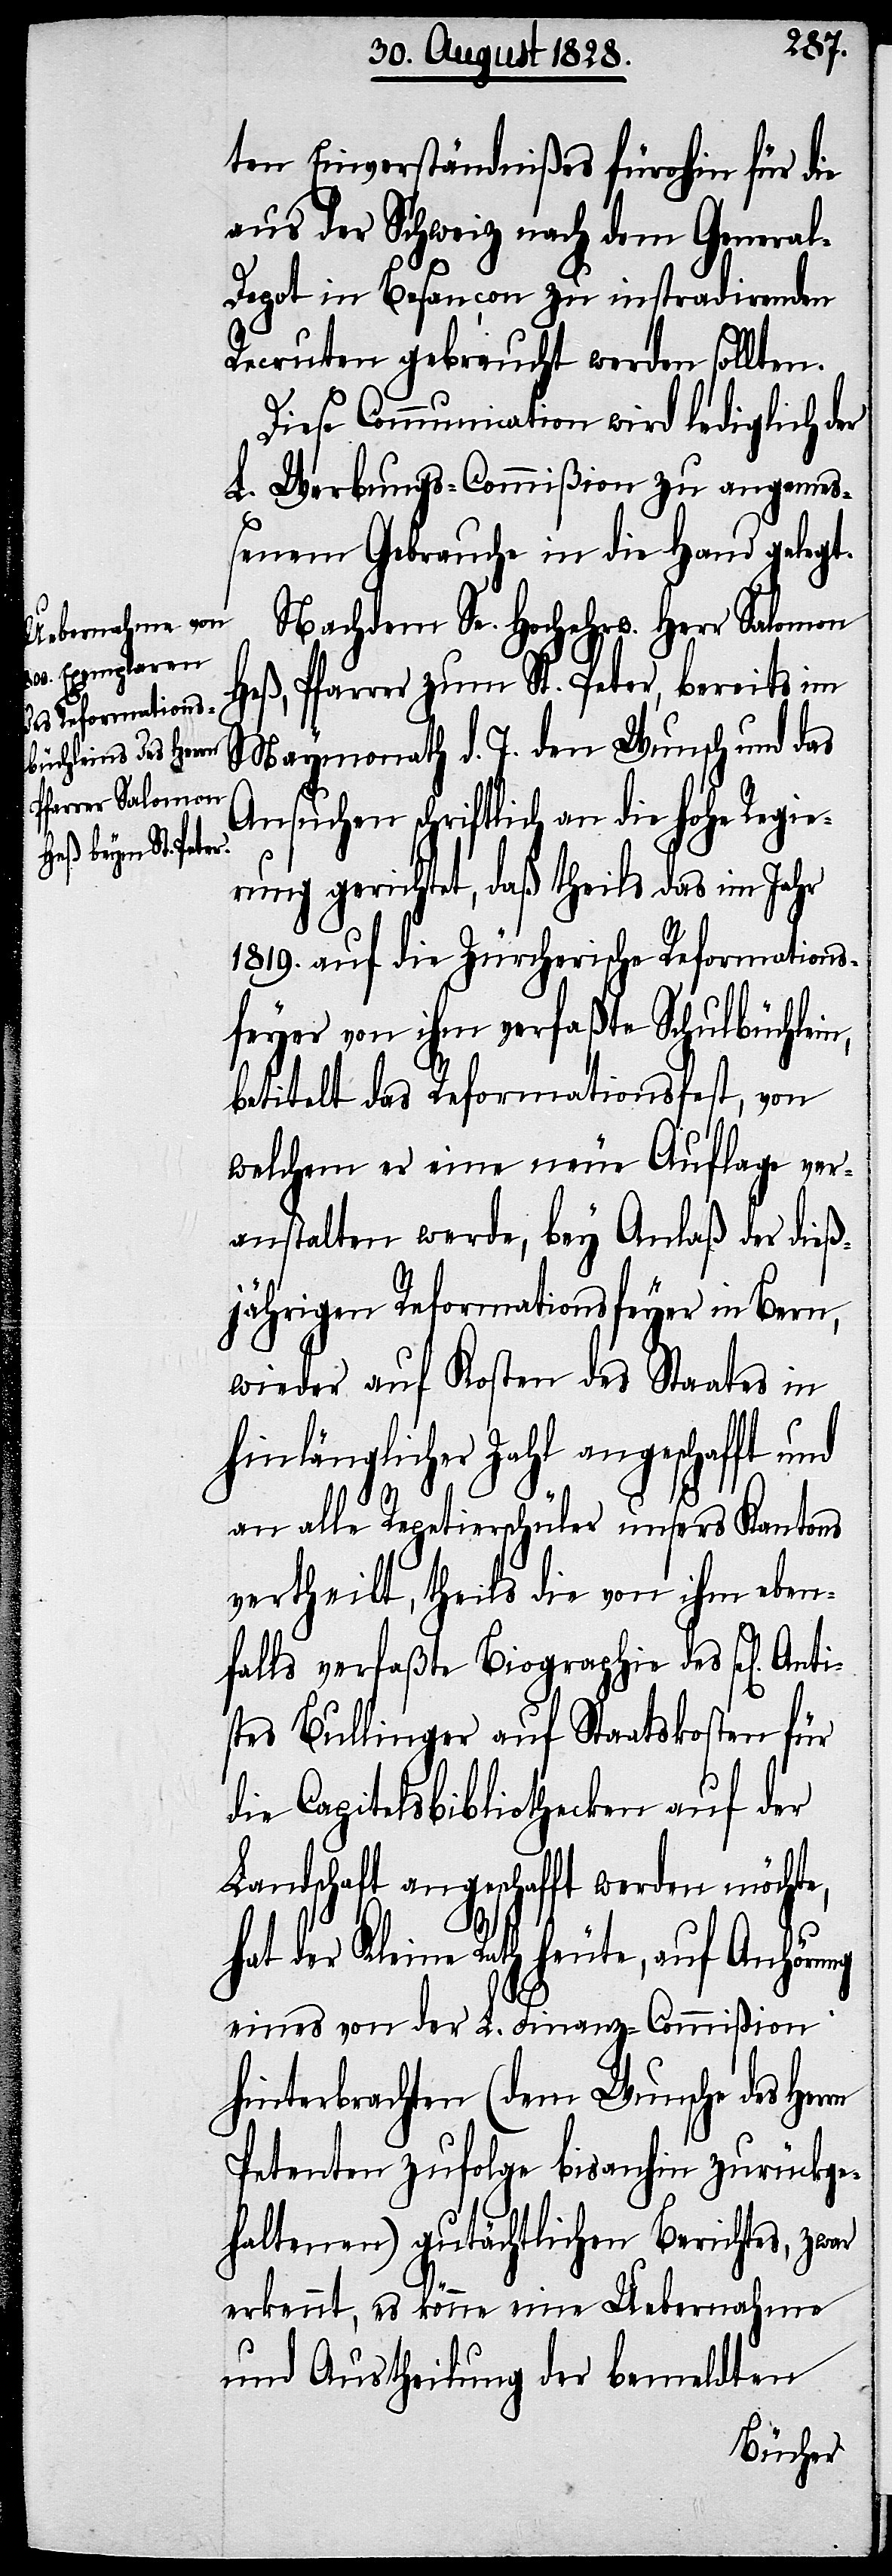
Anti¬
ten Einverständnißes fürohin für die
aus der Schweiz nach dem Genera¬
l-Depot in Besançon zu instradirenden
Recruten gebraucht werden sollten.
Diese Communication wird lediglich der
L. Werbungs-Commißion zu angemeß¬
enem Gebrauche in die Hand gelegt.
Nachdem Se. Hochehrw. Herr Salomon
Heß, Pfarrer zum St. Peter, bereits im
Maymonath d. J. den Wunsch und das
Ansuchen schriftlich an die hohe Regie¬
rung gerichtet, daß theils das im Jahr
1819. auf die Zürcherische Reformations¬
feyer von ihm verfaßte Schulbüchlei¬
betitlet das Reformationsfest, von
welchem er eine neue Auflage ver¬
anstalten werde, bey Anlaß der dieß¬
jährigen Reformationsfeyer in Bern
wieder auf Kosten des Staates in
hinlänglicher Zahl angeschafft und
ar
an alle Repetierschüler unsers Kantons
vertheilt, theils die von ihm eben¬
falls verfaßte Biographie des sel[igen]
stes Bullinger auf Staatskosten für
die Capitelsbibliothecken auf der
Landschaft angeschafft werden möchte,
hat der Kleine Rath heute, auf Anhörung
eines von der L. Finanz-Commißion
hinterbrachten (dem Wunsche des Her¬
Petenten zufolge bisanhin zurückge¬
haltenen) gutächtlichen Berichtes, zw¬
erkennt, es könne eine Uebernahme
und Austheilung der bemeldten